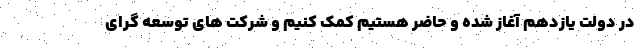
در دولت یازدهم آغاز شده و حاضر هستیم کمک کنیم و شرکت های توسعه گرای